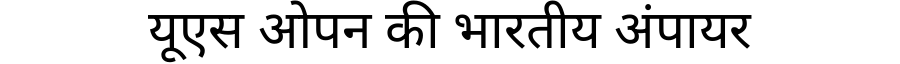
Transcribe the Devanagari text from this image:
यूएस ओपन की भारतीय अंपायर